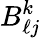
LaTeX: B_{\ell j}^{k}